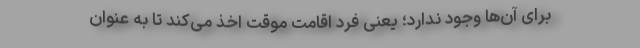
برای آن‌ها وجود ندارد؛ یعنی فرد اقامت موقت اخذ می‌کند تا به عنوان